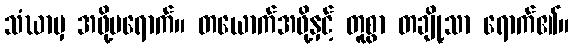
သံဃာမှ အဖို့မရောက်။ တယောက်အဖို့နှင့် တူစွာ တချို့သာ ရောက်၏။